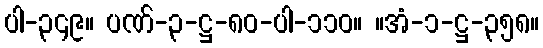
ပါ-၃၄၉။ ပဏ်-၃-ဋ္ဌ-၈၀-ပါ-၁၁၀။ ။အံ-၁-ဋ္ဌ-၃၅၈။